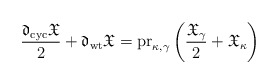
\begin{align*}\frac{\frak{d}_{\textup{cyc}}\frak{X}}{2}+\frak{d}_{\textup{wt}}\frak{X}=\textup{pr}_{\kappa,\gamma} \left (\frac{\frak{X}_\gamma}{2}+\frak{X}_\kappa \right )\end{align*}